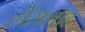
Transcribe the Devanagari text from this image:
लैंसलॉट